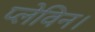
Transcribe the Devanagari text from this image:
प्लेविन।